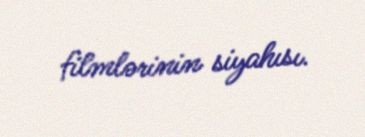
filmlərinin siyahısı.